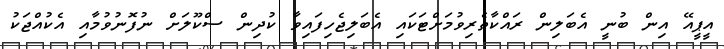
އީޕީއޭ އިން ބުނީ އެބަލިން ރައްކާތެރިވުމަށްޓަކައި އެބަލިޖެހިފައިވާ ކުދިން ސްކޫލަށް ނުފޮނުވުމާއި އެކުއްޖަކު